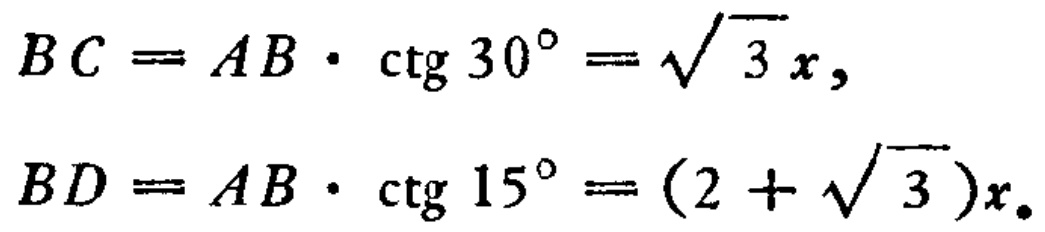
\[
\begin{align*}
BC&=AB\cdot\mathrm{ctg}\,30^{\circ}=\sqrt{3}x,\\
BD&=AB\cdot\mathrm{ctg}\,15^{\circ}=(2 + \sqrt{3})x.
\end{align*}
\]